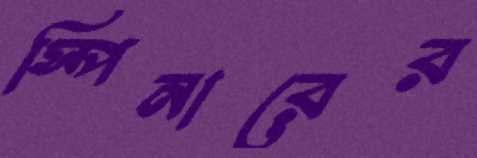
স্পিনারের